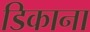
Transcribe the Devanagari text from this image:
डिकाना